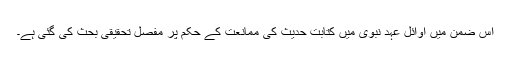
اِس ضمن میں اَوائلِ عہدِ نبوی میں کتابتِ حدیث کی ممانعت کے حکم پر مفصل تحقیقی بحث کی گئی ہے۔